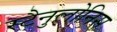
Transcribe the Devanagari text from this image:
स्टैनुलोनिस